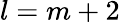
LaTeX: l=m+2